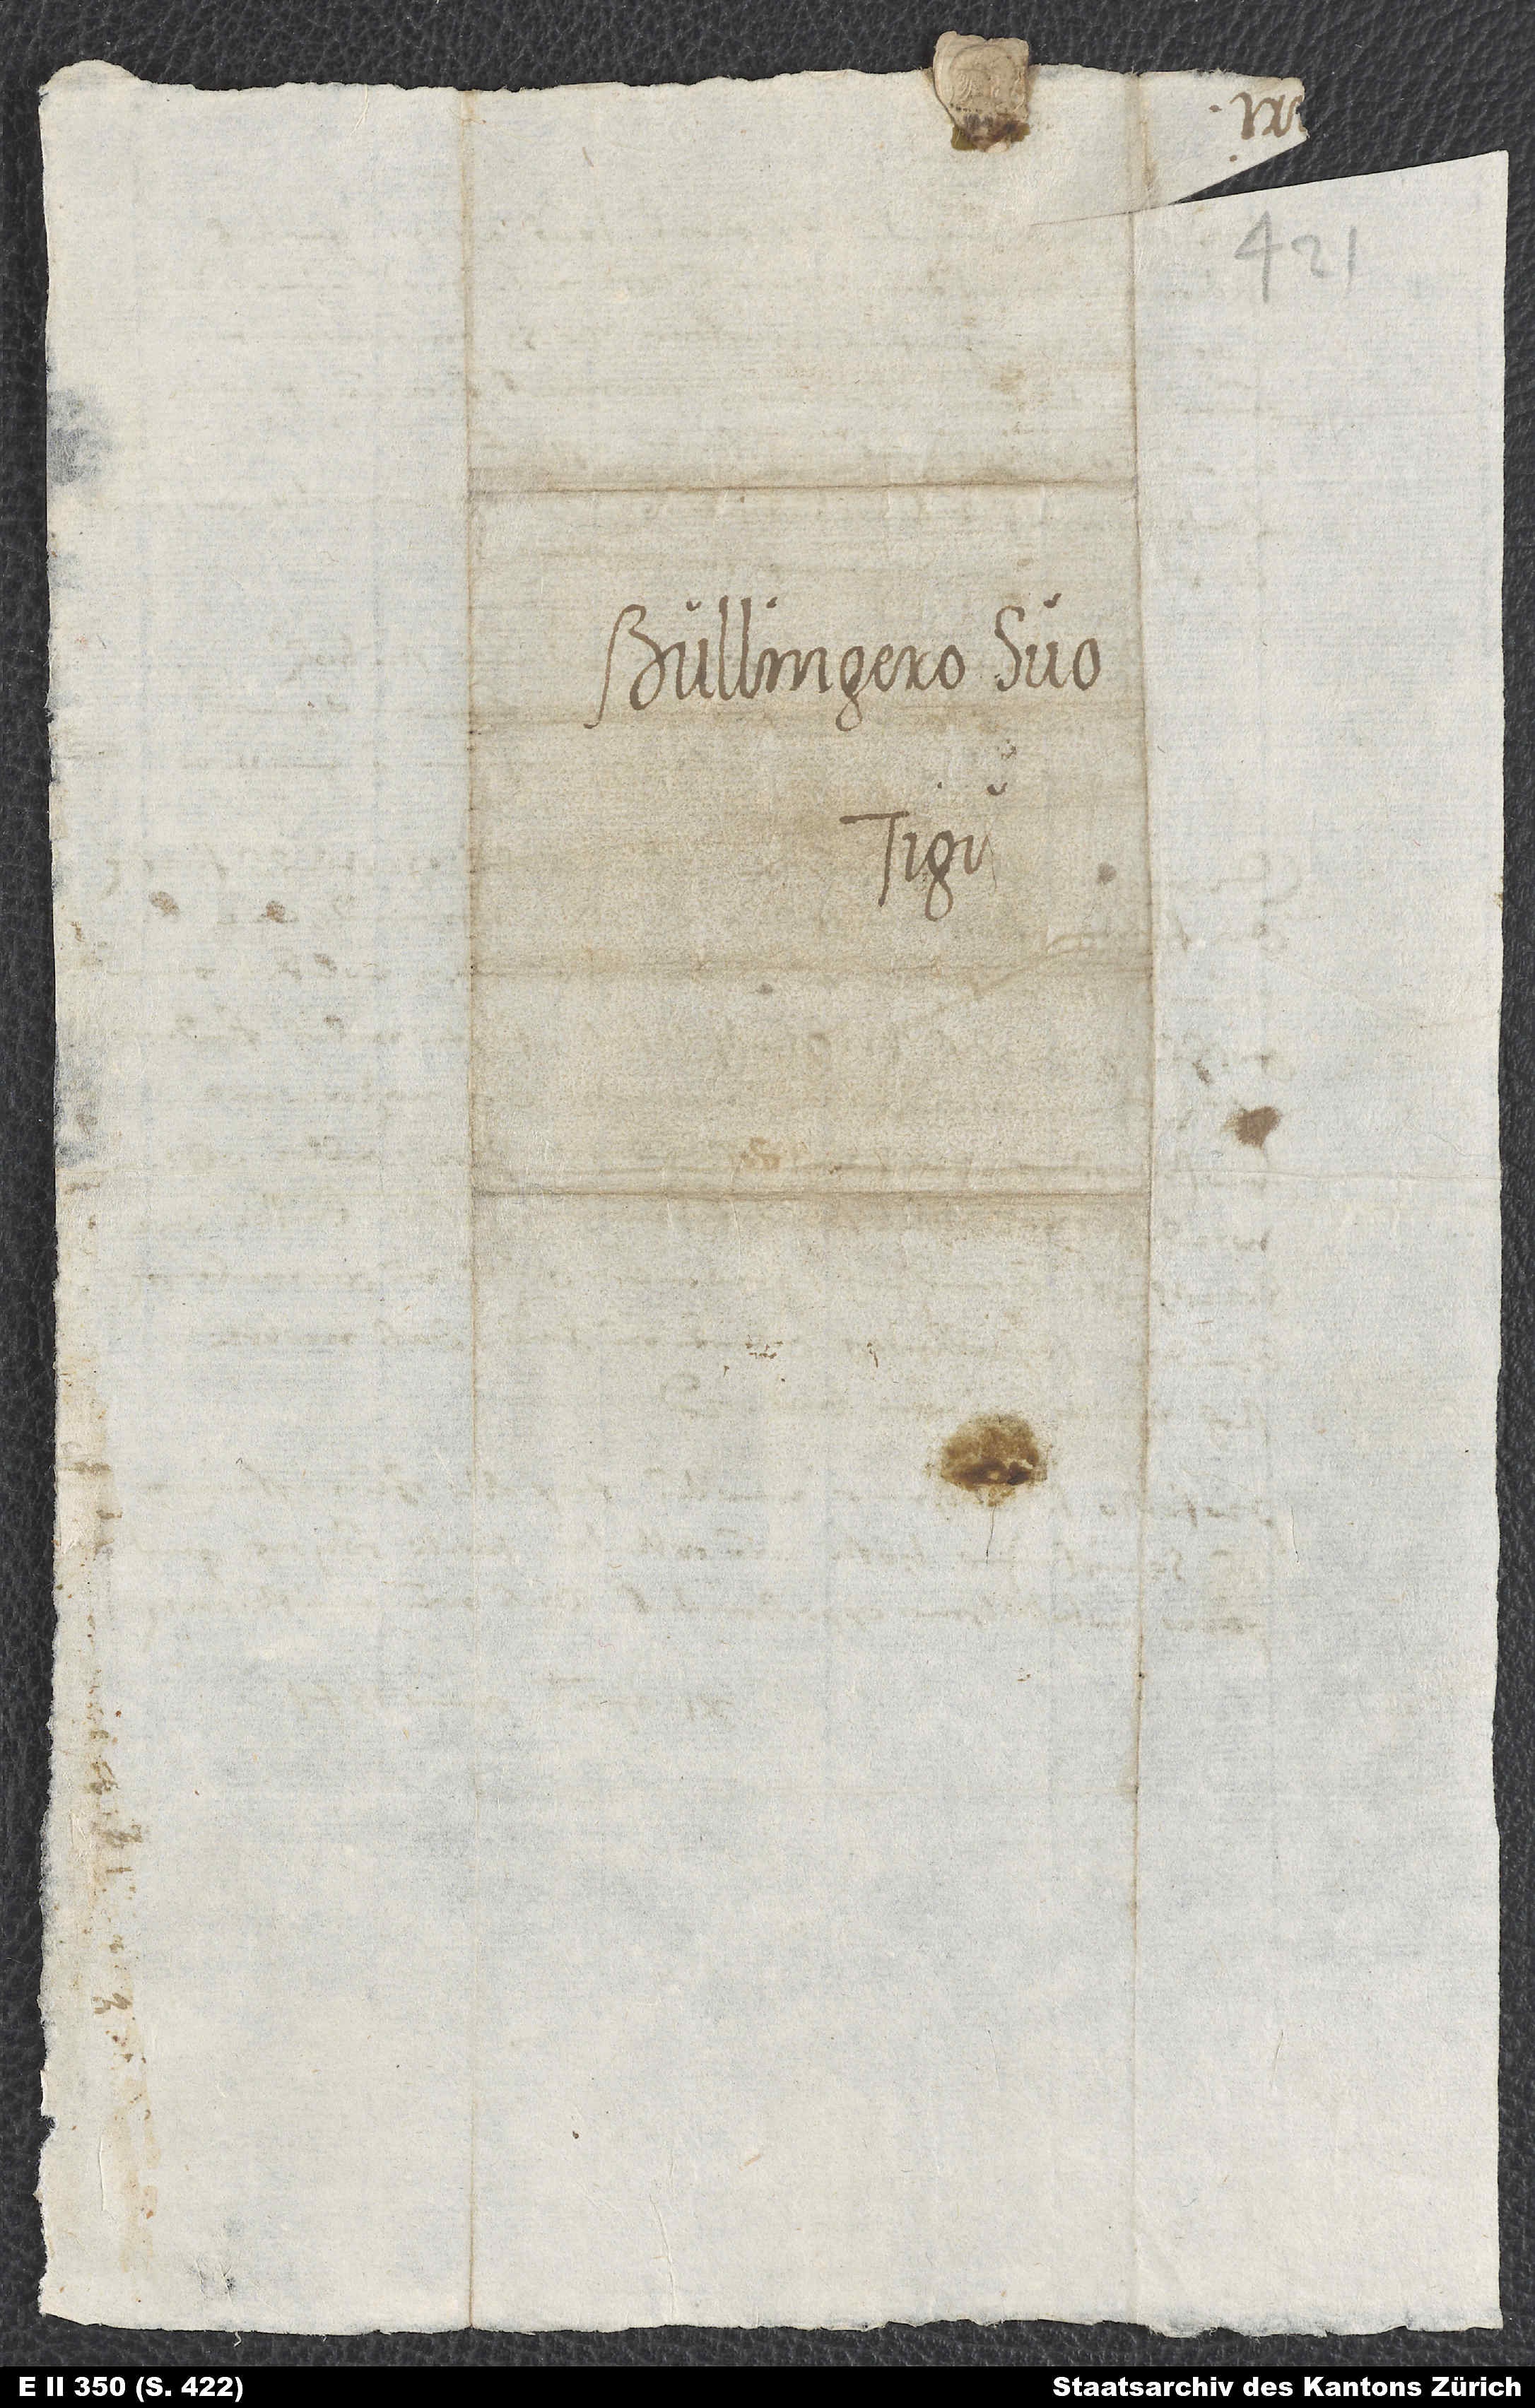
Bullingero suo.
Tigu.